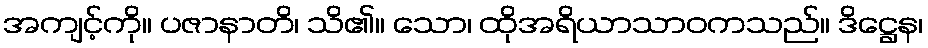
အကျင့်ကို။ ပဇာနာတိ၊ သိ၏။ သော၊ ထိုအရိယာသာဝကသည်။ ဒိဋ္ဌေန၊